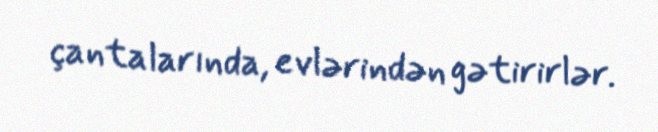
çantalarında, evlərindən gətirirlər.